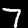
Label: 7